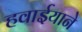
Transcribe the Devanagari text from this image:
हवाईयाने